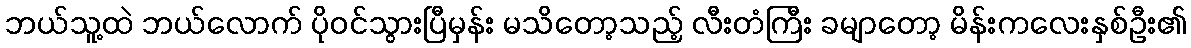
ဘယ်သူ့ထဲ ဘယ်လောက် ပိုဝင်သွားပြီမှန်း မသိတော့သည့် လီးတံကြီး ခမျာတော့ မိန်းကလေးနှစ်ဦး၏